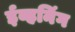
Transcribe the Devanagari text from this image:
ईव्हनिंग